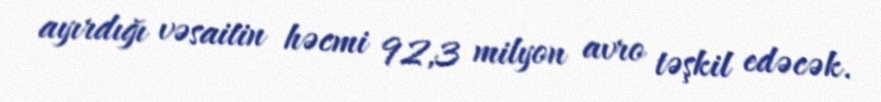
ayırdığı vəsaitin həcmi 92,3 milyon avro təşkil edəcək.